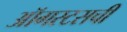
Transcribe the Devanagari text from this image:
ऑगस्टसची